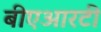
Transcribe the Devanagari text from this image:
बीएआरटी